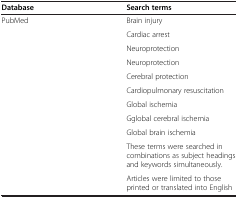
<table><thead><tr><td><b>Database</b></td><td><b>Search terms</b></td></tr></thead><tbody><tr><td rowspan="10">PubMed</td><td>Brain injury</td></tr><tr><td>Cardiac arrest</td></tr><tr><td>Neuroprotection</td></tr><tr><td>Neuroprotection</td></tr><tr><td>Cerebral protection</td></tr><tr><td>Cardiopulmonary resuscitation</td></tr><tr><td>Global ischemia</td></tr><tr><td>Gglobal cerebral ischemia</td></tr><tr><td>Global brain ischemia</td></tr><tr><td>These terms were searched in combinations as subject headings and keywords simultaneously.</td></tr><tr><td> </td><td>Articles were limited to those printed or translated into English</td></tr></tbody></table>